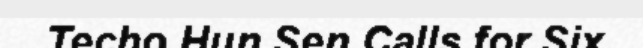
Techo Hun Sen Calls for Six